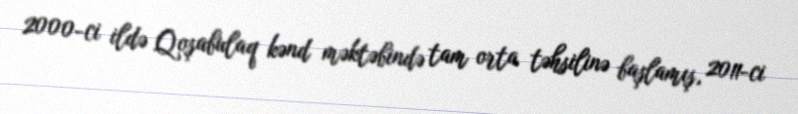
2000-ci ildə Qoşabulaq kənd məktəbində tam orta təhsilinə başlamış, 2011-ci